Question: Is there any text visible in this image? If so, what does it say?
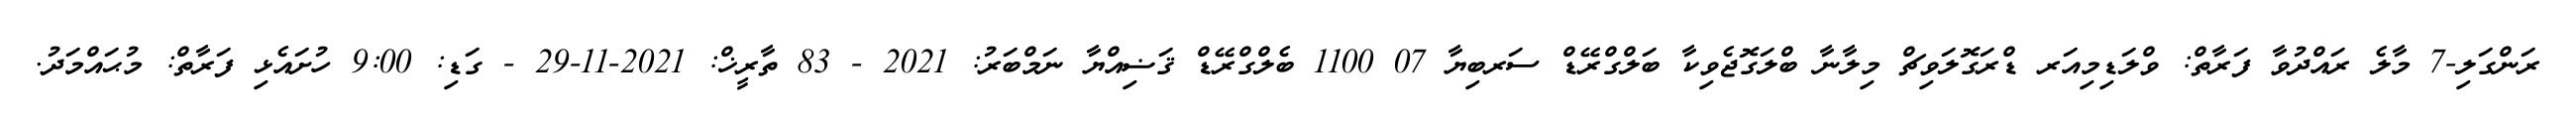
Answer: ރަންގަލި-7 މާލެ ރައްދުވާ ފަރާތް: ވްލަޑިމިއަރ ޑްރަގޮލަވިޗް މިލާނާ ބްލަގޮޖެވިކާ ބަލްގްރޭޑް ސަރބިޔާ 07 1100 ބެލްގްރޭޑް ޤަޟިއްޔާ ނަމްބަރު: 2021 - 83 ތާރީޚް: 2021-11-29 - ގަޑި: 9:00 ހުށައެޅި ފަރާތް: މުޙައްމަދު.